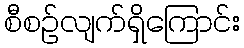
စီစဉ်လျက်ရှိကြောင်း